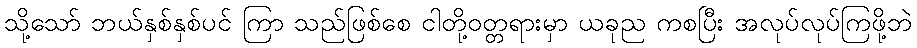
သို့သော် ဘယ်နှစ်နှစ်ပင် ကြာ သည်ဖြစ်စေ ငါတို့ဝတ္တရားမှာ ယခုည ကစပြီး အလုပ်လုပ်ကြဖို့ဘဲ